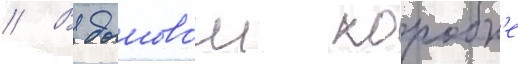
// В дымовои коробк'е